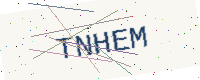
Text: TNHEM